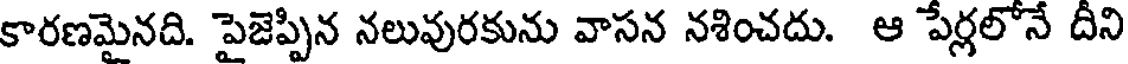
కారణమైనది. పైజెప్పిన నలువురకును వాసన నశించదు. ఆ పేర్లలోనే దీని